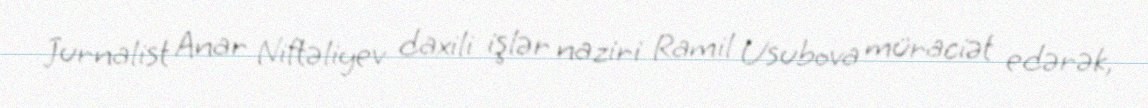
Jurnalist Anar Niftəliyev daxili işlər naziri Ramil Usubova müraciət edərək,